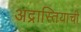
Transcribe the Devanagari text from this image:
अद्रास्तियाची